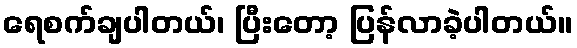
ရေစက်ချပါတယ်၊ ပြီးတော့ ပြန်လာခဲ့ပါတယ်။